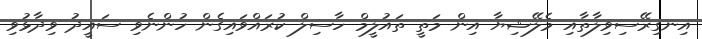
އިނގިރޭސިވިލާތާއި މެލޭޝިޔާ އިން މަތީ ތައުލީމް ހާސިލް ކުރައްވައިގެން ހުންނެވި ސައީދު ވިދާޅުވި